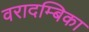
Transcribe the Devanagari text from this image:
वरादम्बिका